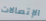
الإتصالات